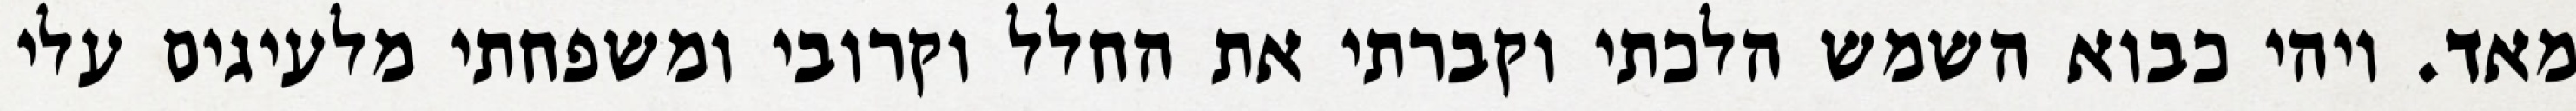
מאד. ויהי כבוא השמש הלכתי וקברתי את החלל וקרובי ומשפחתי מלעיגים עלי